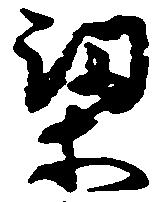
梁